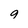
Character: 9